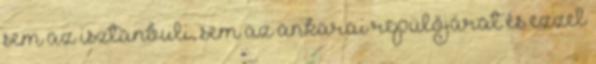
sem az isztanbuli, sem az ankarai repülőjárat és ezzel